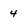
Character: 4